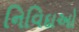
નિવિદાઓ